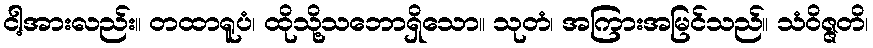
ငါ့အားလည်း။ တထာရူပံ၊ ထိုသို့သဘောရှိသော။ သုတံ၊ အကြားအမြင်သည်။ သံဝိဇ္ဇတိ၊